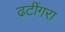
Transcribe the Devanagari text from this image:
ढटींगरा